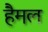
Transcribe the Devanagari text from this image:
हैमल